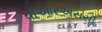
વીઆરએસસી